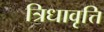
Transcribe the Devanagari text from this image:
त्रिधावृत्ति